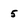
Character: 5